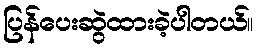
ပြန်ပေးဆွဲထားခဲ့ပါတယ်။